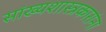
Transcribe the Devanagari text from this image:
सांख्यशास्त्रकारांना